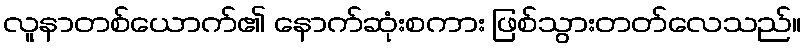
လူနာတစ်ယောက်၏ နောက်ဆုံးစကား ဖြစ်သွားတတ်လေသည်။